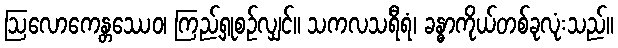
ဩလောကေန္တဿေဝ၊ ကြည့်ရှုစဉ်လျှင်။ သကလသရီရံ၊ ခန္ဓာကိုယ်တစ်ခုလုံးသည်။